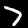
Digit: 7